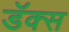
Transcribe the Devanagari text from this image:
डॅक्स